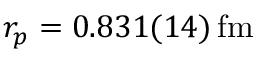
r _ { p } = 0 . 8 3 1 ( 1 4 ) \, \mathrm { f m }